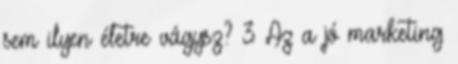
sem ilyen életre vágysz? 3 Az a jó marketing